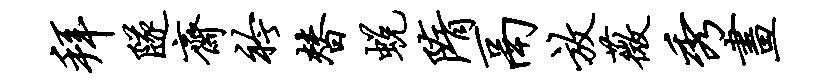
拜隧斋衿替蜕隋鬲放薇秀画